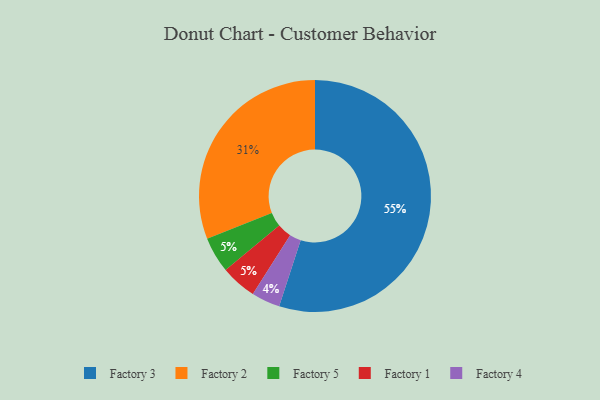
{"axis": {"x": "Category", "y": "Percentage"}, "legend": ["Factory 1", "Factory 2", "Factory 3", "Factory 4", "Factory 5"], "data": [{"x": "Factory 3", "y": 55, "type": "Factory 3"}, {"x": "Factory 2", "y": 31, "type": "Factory 2"}, {"x": "Factory 4", "y": 4, "type": "Factory 4"}, {"x": "Factory 5", "y": 5, "type": "Factory 5"}, {"x": "Factory 1", "y": 5, "type": "Factory 1"}]}